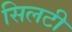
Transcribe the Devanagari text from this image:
सिलटी